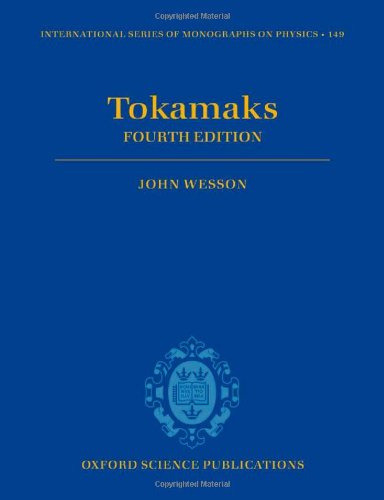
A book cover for Tokamaks (International Series of Monographs on Physics); John Wesson; Science & Math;